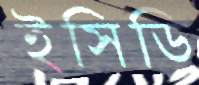
ইসিডি